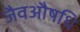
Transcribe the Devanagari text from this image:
जैवऔषधि